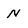
Character: N